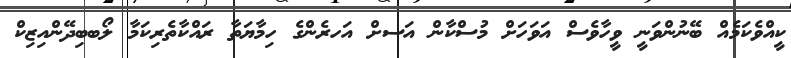
ކީއްވެކަމެއް ބޭނުންވަނީ ވީހާވެސް އަވަހަށް މުސްކާން އަސށް އަހރެންގެ ހިމާޔަތާ ރައްކާތެރިކަމާ ލޯބބިދޭންއިޒިކް